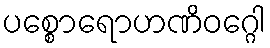
ပစ္စောရောဟဏိဝဂ္ဂေါ